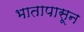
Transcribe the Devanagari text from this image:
भातापासून